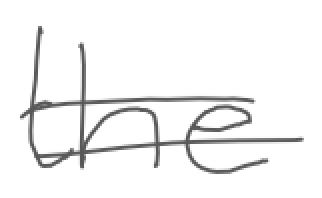
Text: the
Cross-out: double-line
Writing tool: digital_gray